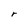
Character: r